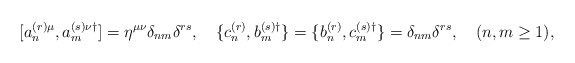
\begin{align*}[a^{(r)\mu}_n, a^{(s)\nu\dagger}_m]=\eta^{\mu\nu}\delta_{nm}\delta^{rs},\quad\{c^{(r)}_n,b^{(s)\dagger}_m\} = \{b^{(r)}_n,c^{(s)\dagger}_m\}=\delta_{nm}\delta^{rs} ,\quad (n,m\ge 1) ,\end{align*}